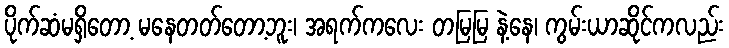
ပိုက်ဆံမရှိတော့ မနေတတ်တော့ဘူး၊ အရက်ကလေး တမြမြ နဲ့နေ၊ ကွမ်းယာဆိုင်ကလည်း